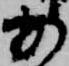
か